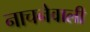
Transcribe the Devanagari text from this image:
नाचनेवाली